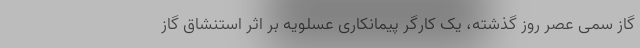
گاز سمی عصر روز گذشته، یک کارگر پیمانکاری عسلویه بر اثر استنشاق گاز